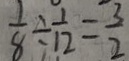
\frac { 1 } { 8 } \div \frac { 1 } { 1 2 } = \frac { 3 } { 2 }